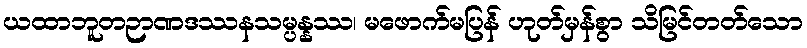
ယထာဘူတဉာဏဒဿနသမ္ပန္နဿ၊ မဖောက်မပြန် ဟုတ်မှန်စွာ သိမြင်တတ်သော